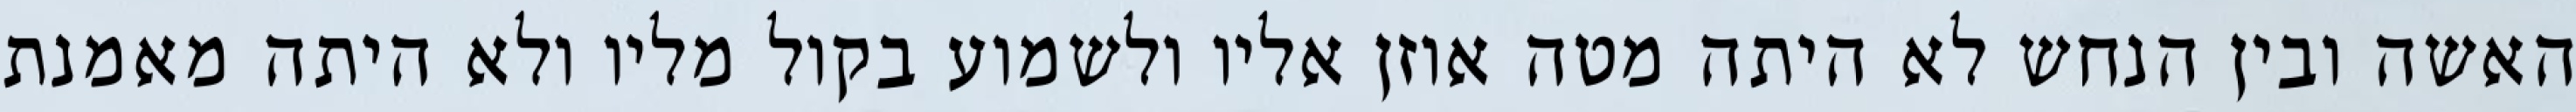
האשה ובין הנחש לא היתה מטה אוזן אליו ולשמוע בקול מליו ולא היתה מאמנת